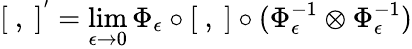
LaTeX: [\ ,\ ]^{'}=\operatorname*{lim}_{\epsilon\to 0}\Phi_{\epsilon}\circ[\ ,\ ]\circ(\Phi_{\epsilon}^{-1}\otimes\Phi_{\epsilon}^{-1})